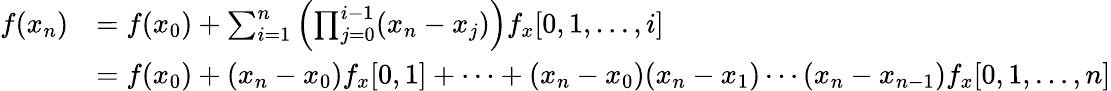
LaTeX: \begin{array}{rl}{f(x_{n})}&{=f(x_{0})+\sum_{i=1}^{n}\left(\prod_{j=0}^{i-1}(x_{n}-x_{j})\right)f_{x}[0,1,\dots,i]}\\ &{=f(x_{0})+(x_{n}-x_{0})f_{x}[0,1]+\cdots+(x_{n}-x_{0})(x_{n}-x_{1})\cdots(x_{n}-x_{n-1})f_{x}[0,1,\dots,n]}\end{array}